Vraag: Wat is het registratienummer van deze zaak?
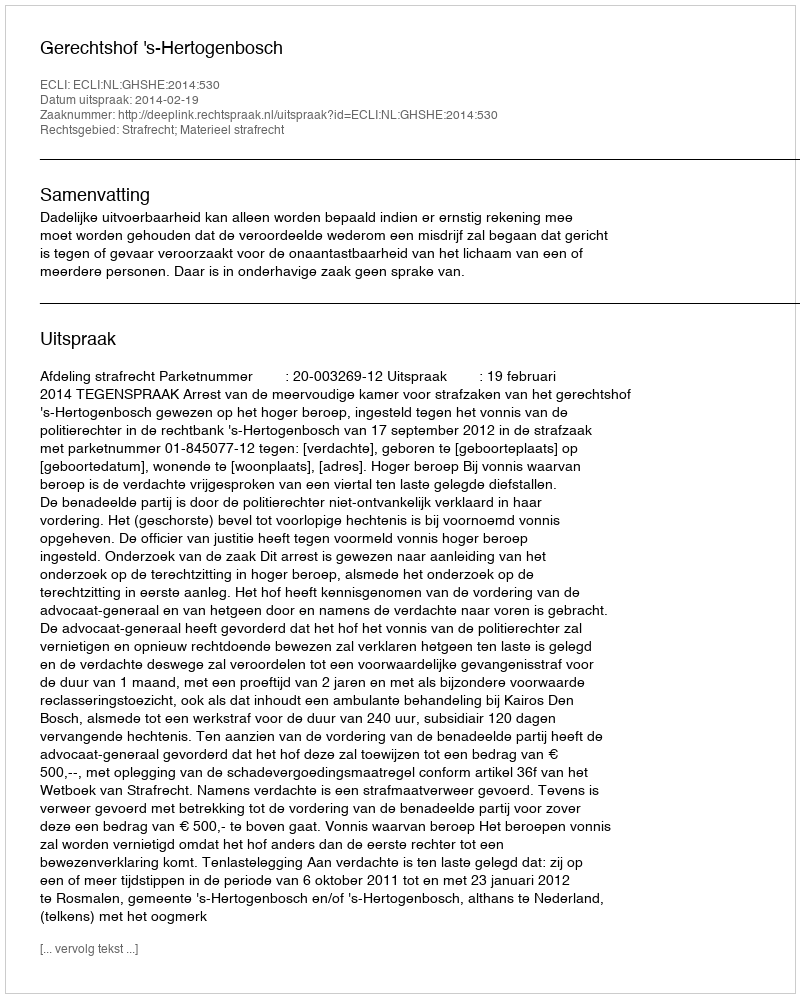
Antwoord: http://deeplink.rechtspraak.nl/uitspraak?id=ECLI:NL:GHSHE:2014:530